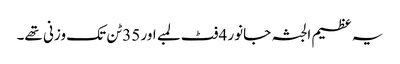
یہ عظیم الجثہ جانور 4فٹ لمبے اور 35ٹن تک وزنی تھے۔